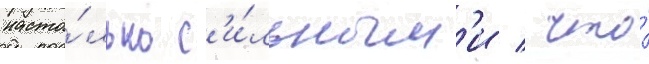
насто́лько с'и́льным'и / что́